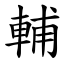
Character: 輔